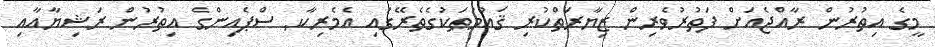
މީގެ އިތުުރުން ރާއްޖެއަށް ފަތުރުވެރިން ޒިޔާރަތްކުރި ޤައުމުތަކުގެތެރޭގައި އެމެރިކާ